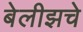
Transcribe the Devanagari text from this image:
बेलीझचे